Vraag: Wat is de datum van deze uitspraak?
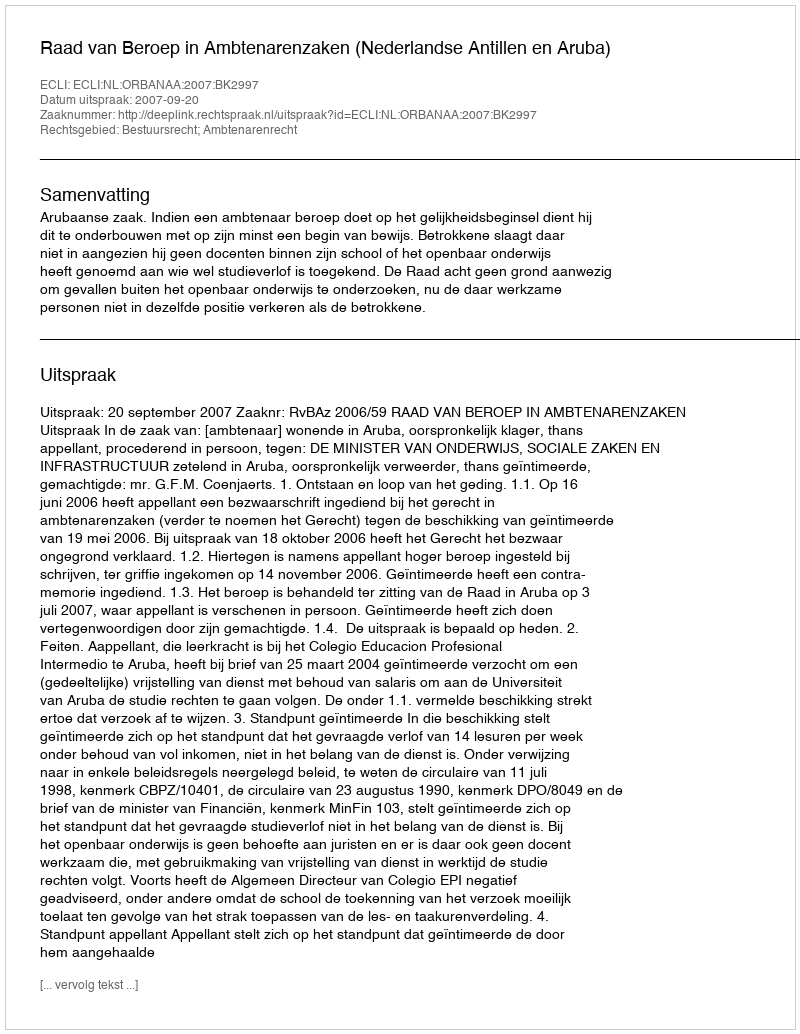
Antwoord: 2007-09-20